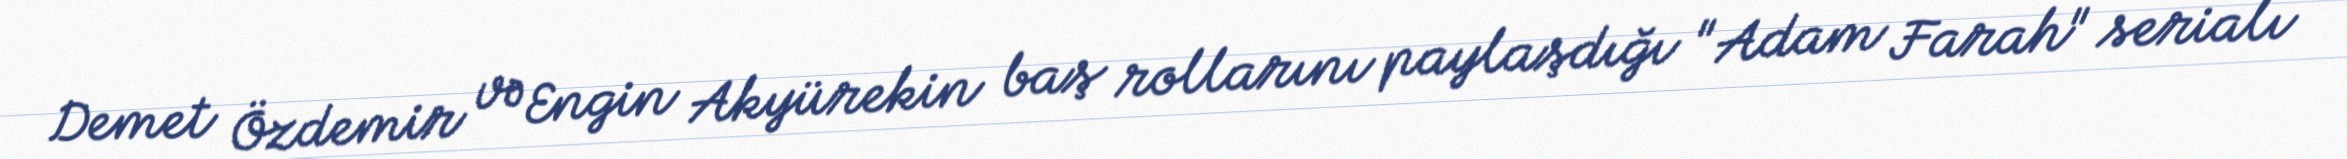
Demet Özdemir və Engin Akyürekin baş rollarını paylaşdığı "Adam Farah" serialı